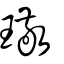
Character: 璥